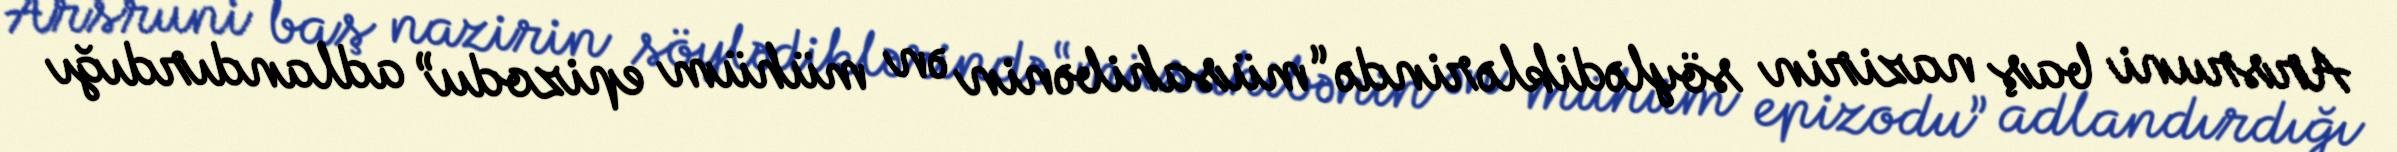
Arsruni baş nazirin söylədiklərində “müsahibənin ən mühüm epizodu” adlandırdığı